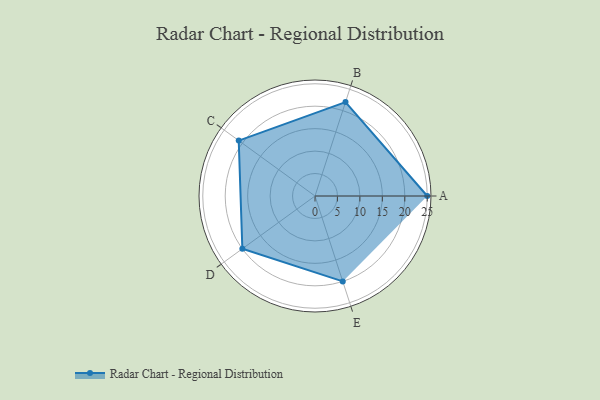
{"axis": {"x": "Skill", "y": "Score"}, "legend": ["Profile"], "data": [{"x": "A", "y": 25.0, "type": "Profile"}, {"x": "B", "y": 22.0, "type": "Profile"}, {"x": "C", "y": 21.0, "type": "Profile"}, {"x": "D", "y": 20, "type": "Profile"}, {"x": "E", "y": 20, "type": "Profile"}]}